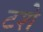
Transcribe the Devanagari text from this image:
टशे